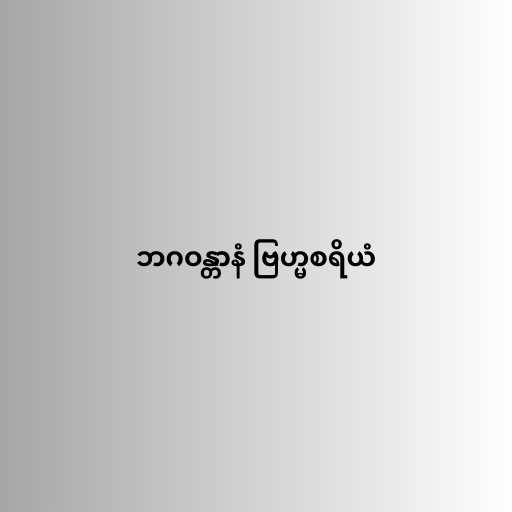
ဘဂဝန္တာနံ ဗြဟ္မစရိယံ